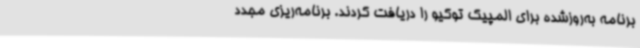
برنامه به‌روزشده برای المپیک توکیو را دریافت کردند. برنامه‌ریزی مجدد